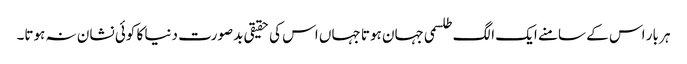
ہر بار اس کے سامنے ایک الگ طلسمی جہان ہوتا جہاں اس کی حقیقی بدصورت دنیا کا کوئی نشان نہ ہوتا۔